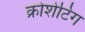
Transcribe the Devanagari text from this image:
क्रोशेटिंग